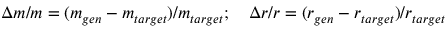
\Delta m / m = ( m _ { g e n } - m _ { t a r g e t } ) / m _ { t a r g e t } ; \ \ \ \Delta r / r = ( r _ { g e n } - r _ { t a r g e t } ) / r _ { t a r g e t }